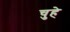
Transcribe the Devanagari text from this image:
चुहे